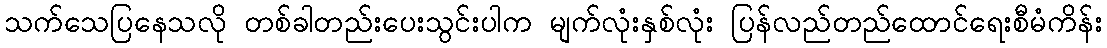
သက်သေပြနေသလို တစ်ခါတည်းပေးသွင်းပါက မျက်လုံးနှစ်လုံး ပြန်လည်တည်ထောင်ရေးစီမံကိန်း